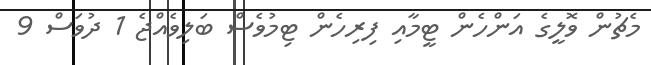
މެޗުން ވޮލީގެ އަންހެން ޓީމާއި ފިރިހެން ޓިމުވެސް ބަލިވެއްޖެ 1 ދުވަސް 9